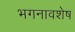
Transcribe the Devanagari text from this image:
भगनावशेष